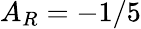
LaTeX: A_{R}=-1/5